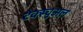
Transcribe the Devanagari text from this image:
टेक्स्चुअल